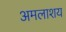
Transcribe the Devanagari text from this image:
अमलाशय